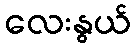
လေးနွယ်